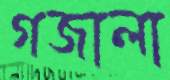
গজালা